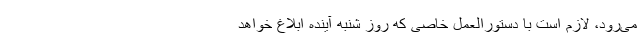
می‌رود، لازم است با دستورالعمل خاصی که روز شنبه آینده ابلاغ خواهد